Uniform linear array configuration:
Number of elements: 32
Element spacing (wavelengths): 0.5
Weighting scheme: cosine
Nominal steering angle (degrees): -30
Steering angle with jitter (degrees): -28.564
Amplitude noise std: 0.05
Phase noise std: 0.05

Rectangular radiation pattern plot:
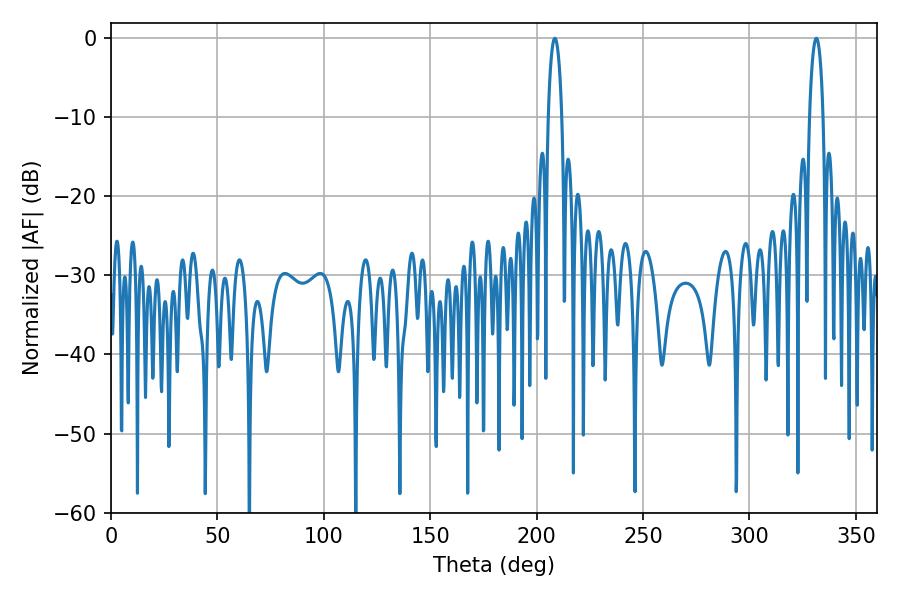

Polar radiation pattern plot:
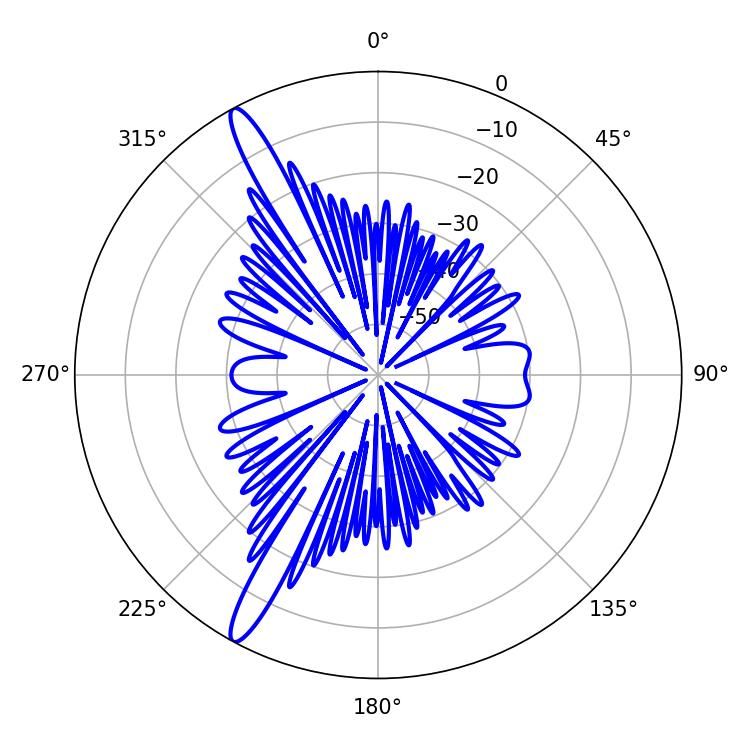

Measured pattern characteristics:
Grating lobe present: FALSE
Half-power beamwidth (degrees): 3.6
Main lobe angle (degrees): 208.62